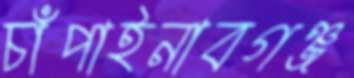
চাঁপাইনাবগঞ্জ